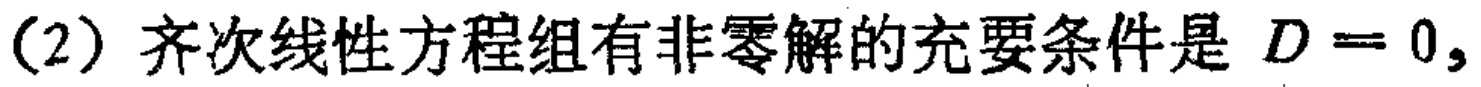
（2）齐次线性方程组有非零解的充要条件是 \(D = 0\)，